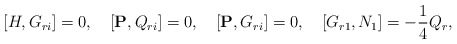
\begin{align*}\lbrack{H,G_{ri}}\rbrack=0,\quad\lbrack{{\bf P},Q_{ri}}\rbrack=0,\quad\lbrack{{\bf P},G_{ri}}\rbrack=0,\quad\lbrack{G_{r1},N_{1}}\rbrack=-\frac{1}{4}Q_{r},\end{align*}